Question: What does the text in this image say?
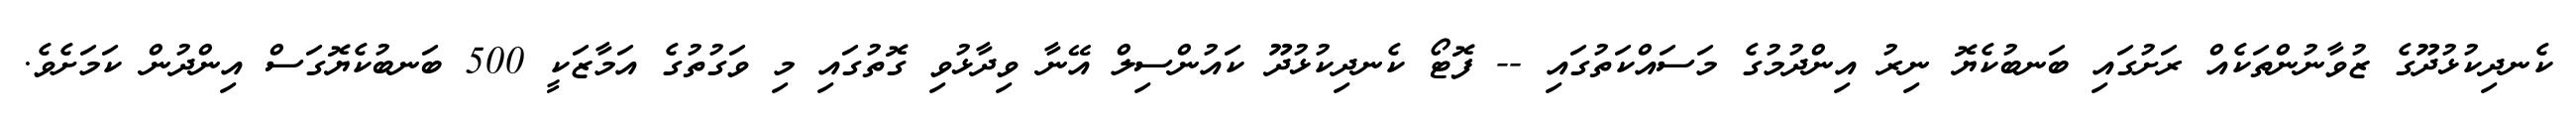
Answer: ކެނދިކުޅުދޫގެ ޒުވާނުންތަކެއް ރަށުގައި ބަނބުކެޔޮ ނިރު އިންދުމުގެ މަސައްކަތުގައި -- ފޮޓޯ ކެނދިކުޅުދޫ ކައުންސިލް އޭނާ ވިދާޅުވި ގޮތުގައި މި ވަގުތުގެ އަމާޒަކީ 500 ބަނބުކެޔޮގަސް އިންދުން ކަމަށެވެ.